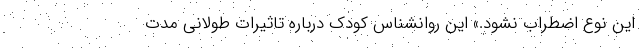
این نوع اضطراب نشود.» این روانشناس کودک درباره تاثیرات طولانی مدت